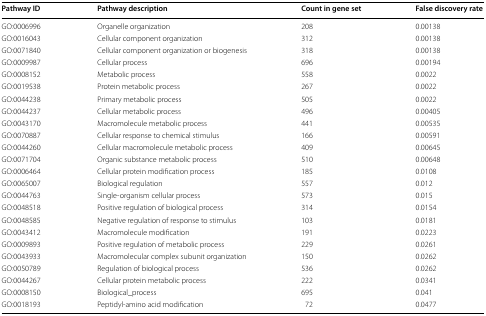
<table><thead><tr><td><b>Pathway ID</b></td><td><b>Pathway description</b></td><td><b>Count in gene set</b></td><td><b>False discovery rate</b></td></tr></thead><tbody><tr><td>GO:0006996</td><td>Organelle organization</td><td>208</td><td>0.00138</td></tr><tr><td>GO:0016043</td><td>Cellular component organization</td><td>312</td><td>0.00138</td></tr><tr><td>GO:0071840</td><td>Cellular component organization or biogenesis</td><td>318</td><td>0.00138</td></tr><tr><td>GO:0009987</td><td>Cellular process</td><td>696</td><td>0.00194</td></tr><tr><td>GO:0008152</td><td>Metabolic process</td><td>558</td><td>0.0022</td></tr><tr><td>GO:0019538</td><td>Protein metabolic process</td><td>267</td><td>0.0022</td></tr><tr><td>GO:0044238</td><td>Primary metabolic process</td><td>505</td><td>0.0022</td></tr><tr><td>GO:0044237</td><td>Cellular metabolic process</td><td>496</td><td>0.00405</td></tr><tr><td>GO:0043170</td><td>Macromolecule metabolic process</td><td>441</td><td>0.00535</td></tr><tr><td>GO:0070887</td><td>Cellular response to chemical stimulus</td><td>166</td><td>0.00591</td></tr><tr><td>GO:0044260</td><td>Cellular macromolecule metabolic process</td><td>409</td><td>0.00645</td></tr><tr><td>GO:0071704</td><td>Organic substance metabolic process</td><td>510</td><td>0.00648</td></tr><tr><td>GO:0006464</td><td>Cellular protein modification process</td><td>185</td><td>0.0108</td></tr><tr><td>GO:0065007</td><td>Biological regulation</td><td>557</td><td>0.012</td></tr><tr><td>GO:0044763</td><td>Single-organism cellular process</td><td>573</td><td>0.015</td></tr><tr><td>GO:0048518</td><td>Positive regulation of biological process</td><td>314</td><td>0.0154</td></tr><tr><td>GO:0048585</td><td>Negative regulation of response to stimulus</td><td>103</td><td>0.0181</td></tr><tr><td>GO:0043412</td><td>Macromolecule modification</td><td>191</td><td>0.0223</td></tr><tr><td>GO:0009893</td><td>Positive regulation of metabolic process</td><td>229</td><td>0.0261</td></tr><tr><td>GO:0043933</td><td>Macromolecular complex subunit organization</td><td>150</td><td>0.0262</td></tr><tr><td>GO:0050789</td><td>Regulation of biological process</td><td>536</td><td>0.0262</td></tr><tr><td>GO:0044267</td><td>Cellular protein metabolic process</td><td>222</td><td>0.0341</td></tr><tr><td>GO:0008150</td><td>Biological_process</td><td>695</td><td>0.041</td></tr><tr><td>GO:0018193</td><td>Peptidyl-amino acid modification</td><td>72</td><td>0.0477</td></tr></tbody></table>